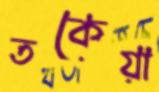
তকেয়া